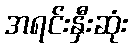
အရင်းနှီးဆုံး